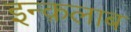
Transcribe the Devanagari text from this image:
इन्क़लाब